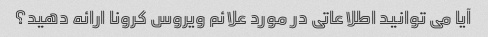
آیا می توانید اطلاعاتی در مورد علائم ویروس کرونا ارائه دهید؟